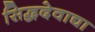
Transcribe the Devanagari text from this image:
सिद्धदेवाद्या